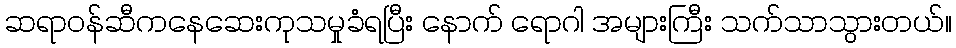
ဆရာဝန်ဆီကနေဆေးကုသမှုခံရပြီး နောက် ရောဂါ အများကြီး သက်သာသွားတယ်။